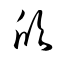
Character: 欣